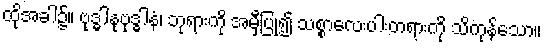
ထိုအခါ၌။ ဗုဒ္ဓါနုဗုဒ္ဓါနံ၊ ဘုရားကို အမှီပြု၍ သစ္စာလေးပါးတရားကို သိကုန်သော။